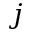
j